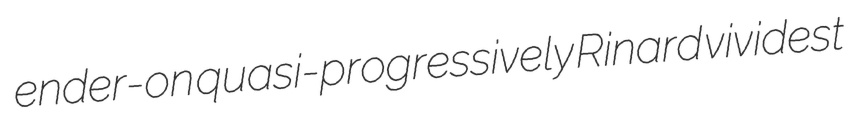
ender-on quasi-progressively Rinard vividest